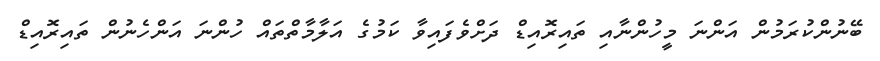
ބޭނުންކުރަމުން އަންނަ މީހުންނާއި ތައިރޮއިޑް ދަށްވެފައިވާ ކަމުގެ އަލާމާތްތައް ހުންނަ އަންހެނުން ތައިރޮއިޑް